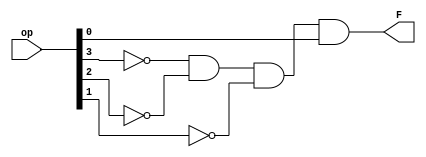
module and_addi_type(op,F);
input [3:0] op;
output F;
wire a,b,c;


not(a,op[3]);
not(b,op[2]);
not(c,op[1]);

and(F,a,b,c,op[0]);
endmodule